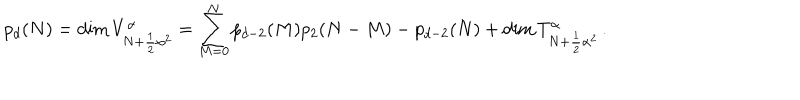
p _ { d } ( N ) = \mathrm { d i m } \, V _ { N + \frac { 1 } { 2 } { \alpha } ^ { 2 } } ^ { \alpha } = \sum _ { M = 0 } ^ { N } p _ { d - 2 } ( M ) p _ { 2 } ( N - M ) - p _ { d - 2 } ( N ) + \mathrm { d i m } \, T _ { N + \frac { 1 } { 2 } { \alpha } ^ { 2 } } ^ { \alpha } \, .